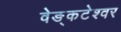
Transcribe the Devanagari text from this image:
वेङ्कटेश्वर